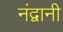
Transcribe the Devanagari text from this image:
नंद्वानी